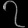
Digit: ၇